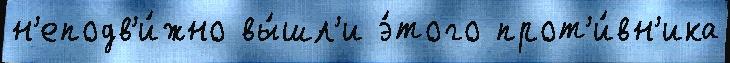
н'еподв'и́жно вы́шл'и э́того прот'и́вн'ика